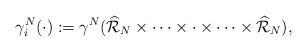
LaTeX: \begin{align*}\gamma^N_i(\cdot) := \gamma^N(\widehat{\mathcal{R}}_N \times \dots \times \cdot \times \dots \times \widehat{\mathcal{R}}_N),\end{align*}